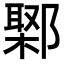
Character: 𨝮